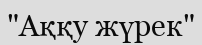
"Аққу жүрек"